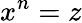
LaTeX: x^{n}=z